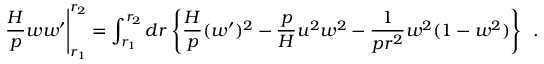
\frac { H } { p } w w ^ { \prime } \Bigg | _ { r _ { 1 } } ^ { r _ { 2 } } = \int _ { r _ { 1 } } ^ { r _ { 2 } } d r \, \Bigg \{ \frac { H } { p } ( w ^ { \prime } ) ^ { 2 } - \frac { p } { H } u ^ { 2 } w ^ { 2 } - \frac { 1 } { p r ^ { 2 } } w ^ { 2 } ( 1 - w ^ { 2 } ) \Bigg \} ~ ~ .